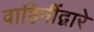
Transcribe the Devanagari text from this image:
वाहिनींद्वारे